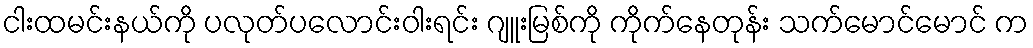
ငါးထမင်းနယ်ကို ပလုတ်ပလောင်းဝါးရင်း ဂျူးမြစ်ကို ကိုက်နေတုန်း သက်မောင်မောင် က